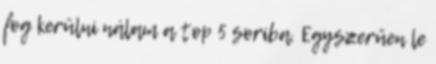
fog kerülni nálam a top 5 soriba. Egyszerűen le